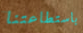
باستطاعتنا